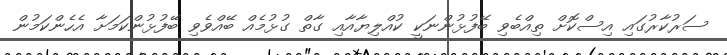
ސަރުކާރުގައި އިސްކޮށް ތިއްބެވި ބޭފުޅުންނަކީ ކުއްލިޔާއާއި ގާތް ގުޅުމެއް ބޭއްވެވި ބޭފުޅުންކަމަށާ އެހެންކަމުން